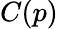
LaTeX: C(p)